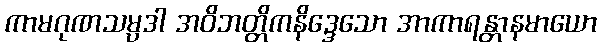
ကာမဂုဏသမ္ပဒါ အဝိဘတ္တိကနိဒ္ဒေသော အာကာရန္တာနမာယော